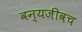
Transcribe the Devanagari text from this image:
वन्यजीवच